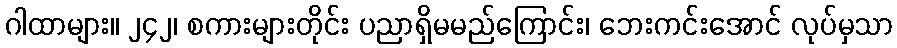
ဂါထာများ။ ၂၄၂၊ စကားများတိုင်း ပညာရှိမမည်ကြောင်း၊ ဘေးကင်းအောင် လုပ်မှသာ